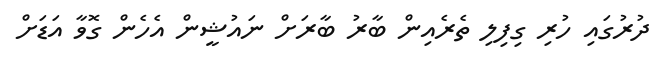
ދުރުގައި ހުރި ގިފިލި ތެރެއިން ބާރު ބާރަށް ނައުޝީން އެހެން ގޮވާ އަޑަށް